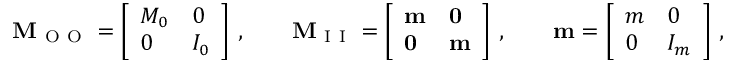
\mathbf { M } _ { \mathrm { ~ O ~ O ~ } } = \left[ \begin{array} { l l } { M _ { 0 } } & { 0 } \\ { 0 } & { I _ { 0 } } \end{array} \right] \, , \qquad \mathbf { M } _ { \mathrm { ~ I ~ I ~ } } = \left[ \begin{array} { l l } { \mathbf { m } } & { \mathbf { 0 } } \\ { \mathbf { 0 } } & { \mathbf { m } } \end{array} \right] \, , \qquad \mathbf { m } = \left[ \begin{array} { l l } { m } & { 0 } \\ { 0 } & { I _ { m } } \end{array} \right] \, ,